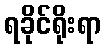
ရခိုင်ရိုးရာ